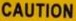
CAUTION